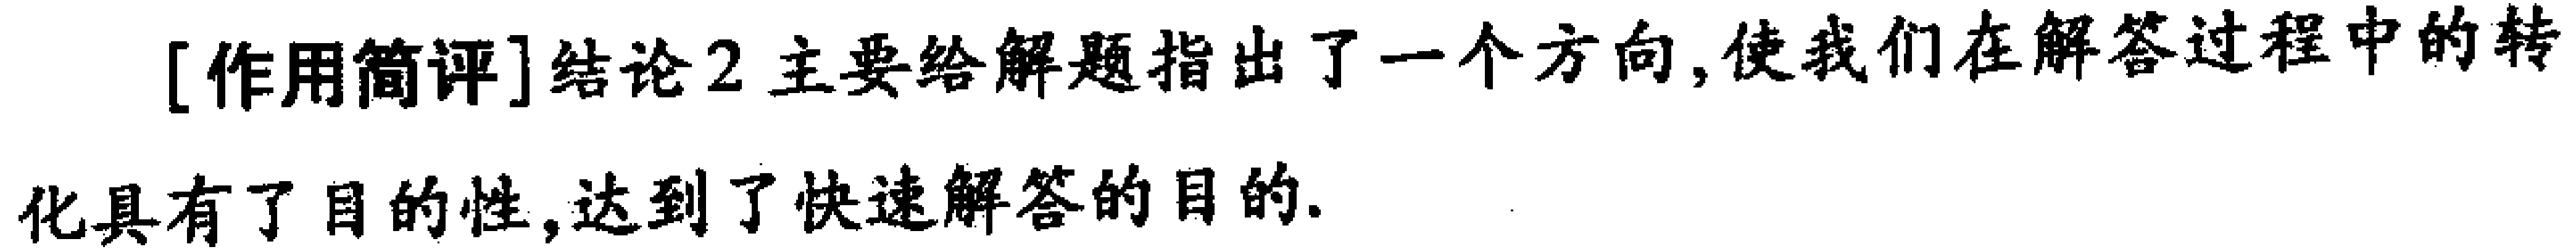
[作用简评]结论2主要给解题指出了一个方向,使我们在解答过程中的转

化具有了目的性,达到了快速解答的目的.